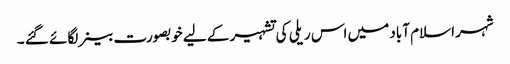
شہر اسلام آباد میں اس ریلی کی تشہیر کے لیے خوبصورت بینر لگائے گئے ۔